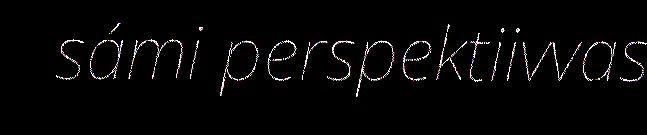
sámi perspektiivvas